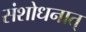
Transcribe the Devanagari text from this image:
संशोधनात्